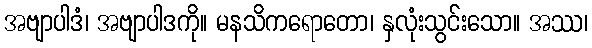
အဗျာပါဒံ၊ အဗျာပါဒကို။ မနသိကရောတော၊ နှလုံးသွင်းသော။ အဿ၊